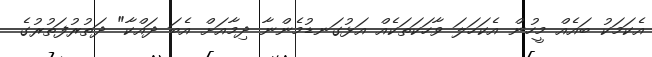
އެކަމަކު ބައެއް މީހުން އެކަހަލަ ވާހަކަތަކެއް އަޅުގަނޑުމެންނާ ދިމާއަށް އެބަ ދައްކާ" ދަތުރުފަތުރުގެ